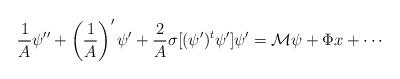
LaTeX: \begin{align*}{1\over A} \psi'' + \left({1\over A}\right)' \psi' + {2\over A} \sigma [(\psi')^t \psi'] \psi' = {\cal M} \psi + \Phi x + \cdots\end{align*}